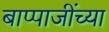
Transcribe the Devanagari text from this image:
बाप्पाजींच्या